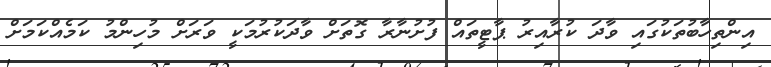
އިންތިހާބުތަކުގައި ވާދަ ކުރާއިރު ޕާޓީތައް ފުށުނާރާ ގޮތަށް ވާދަކުރުމަކީ ވަރަށް މުހިންމު ކަމެއްކަމަށް